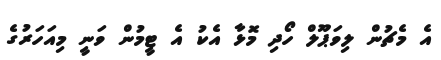
އެ މެޗުން ލިވަޕޫލް ހޯދި މޮޅާ އެކު އެ ޓީމުން ވަނީ މިއަހަރުގެ